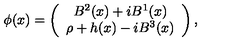
\phi ( x ) = \left( \begin{array} { c } { B ^ { 2 } ( x ) + i B ^ { 1 } ( x ) } \\ { \rho + h ( x ) - i B ^ { 3 } ( x ) } \\ \end{array} \right) ,